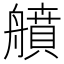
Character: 䒈